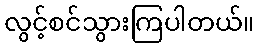
လွင့်စင်သွားကြပါတယ်။